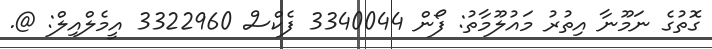
ގޮތުގެ ނަމޫނާ އިތުރު މައުލޫމާތު: ފޯން 3340044 ފެކްސް 3322960 އީމެލްއިލް: @.